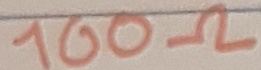
Text: 100Ω